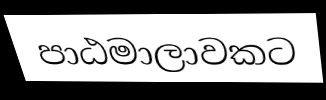
පාඨමාලාවකට